Leaving Certificate Examination, 1902
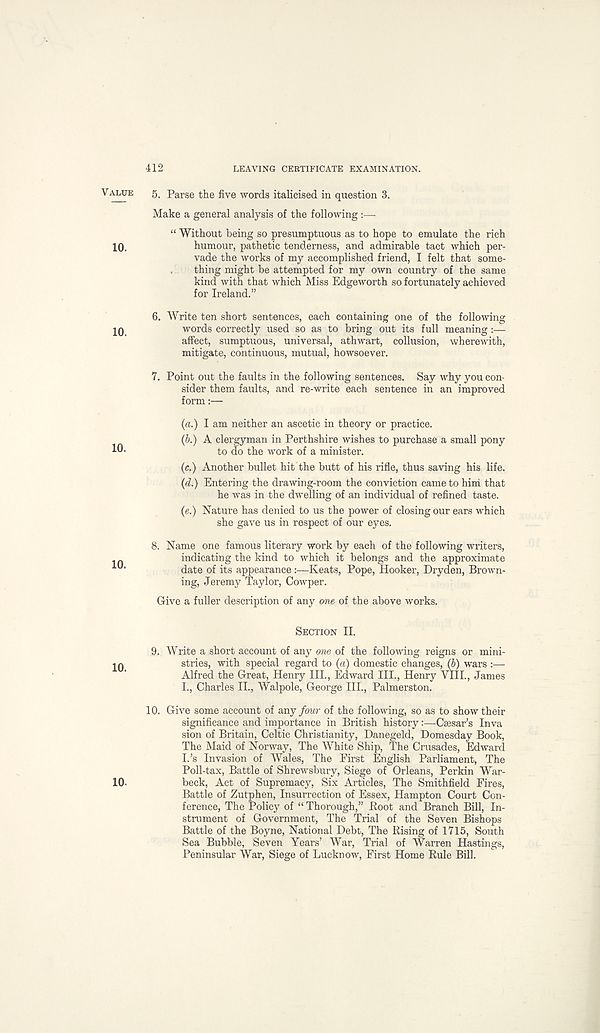
412
LEAVING CERTIFICATE EXAMINATION.
5. Parse the five words italicised in question 3.
Make a general analysis of the following :—
“ Without being so presumptuous as to hope to emulate the rich
humour, pathetic tenderness, and admirable tact which per-
vade the works of my accomplished friend, I felt that some-
thing might be attempted for my own country of the same
kind with that which Miss Edgeworth so fortunately achieved
for Ireland.”
6. Write ten short sentences, each containing one of the following
words correctly used so as to bring out its full meaning:—
affect, sumptuous, universal, athwart, collusion, wherewith,
mitigate, continuous, mutual, howsoever.
7. Point out the faults in the following sentences. Say why you con-
sider them faults, and re-write each sentence in an improved
form:—
(a.) I am neither an ascetic in theory or practice.
(6.) A clergyman in Perthshire wishes to purchase a small pony
to do the work of a minister.
(c.) Another bullet hit the butt of his rifle, thus saving his life.
(d.) Entering the drawing-room the conviction came to him that
he was in the dwelling of an individual of refined taste.
(e.) Nature has denied to us the power of closing our ears which
she gave us in respect of our eyes.
8. Name one famous literary work by each of the following writers,
indicating the kind to which it belongs and the approximate
date of its appearance:—Keats, Pope, Hooker, Dryden, Brown-
ing, Jeremy Taylor, Cowper.
Give a fuller description of any one of the above works.
SECTION II.
9. Write a short account of any one of the following reigns or mini-
stries, with special regard to (a) domestic changes, (b) wars :—
Alfred the Great, Henry III., Edward III., Henry VIIL, James
L, Charles II., Walpole, George III., Palmerston.
10.
Give some account of a
significance and importance in British history:—Caesar’s Inva
sion of Britain, Celtic Christianity, Danegeld, Domesday Book,
The Maid of Norway, The White Ship, The Crusades, Edward
I.’s Invasion of Wales, The First English Parliament, The
Poll-tax, Battle of Shrewsbury, Siege of Orleans, Perkin War-
beck, Act of Supremacy, Six Articles, The Smithfield Fires,
Battle of Zutphen, Insurrection of Essex, Hampton Court Con-
ference, The Policy of “ Thorough,” Boot and Branch Bill, In-
strument of Government, The Trial of the Seven Bishops
Battle of the Boyne, National Debt, The Rising of 1715, South
Sea Bubble, Seven Years’ War, Trial of Warren Hastings,
Peninsular War, Siege of Lucknow, First Home Rule Bill.